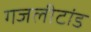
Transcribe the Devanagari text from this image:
गजलीटांड